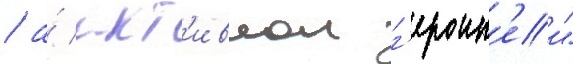
/ а́ акт'ивнои г'ероин'еи"